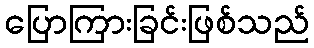
ပြောကြားခြင်းဖြစ်သည်